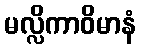
မလ္လိကာဝိမာနံ